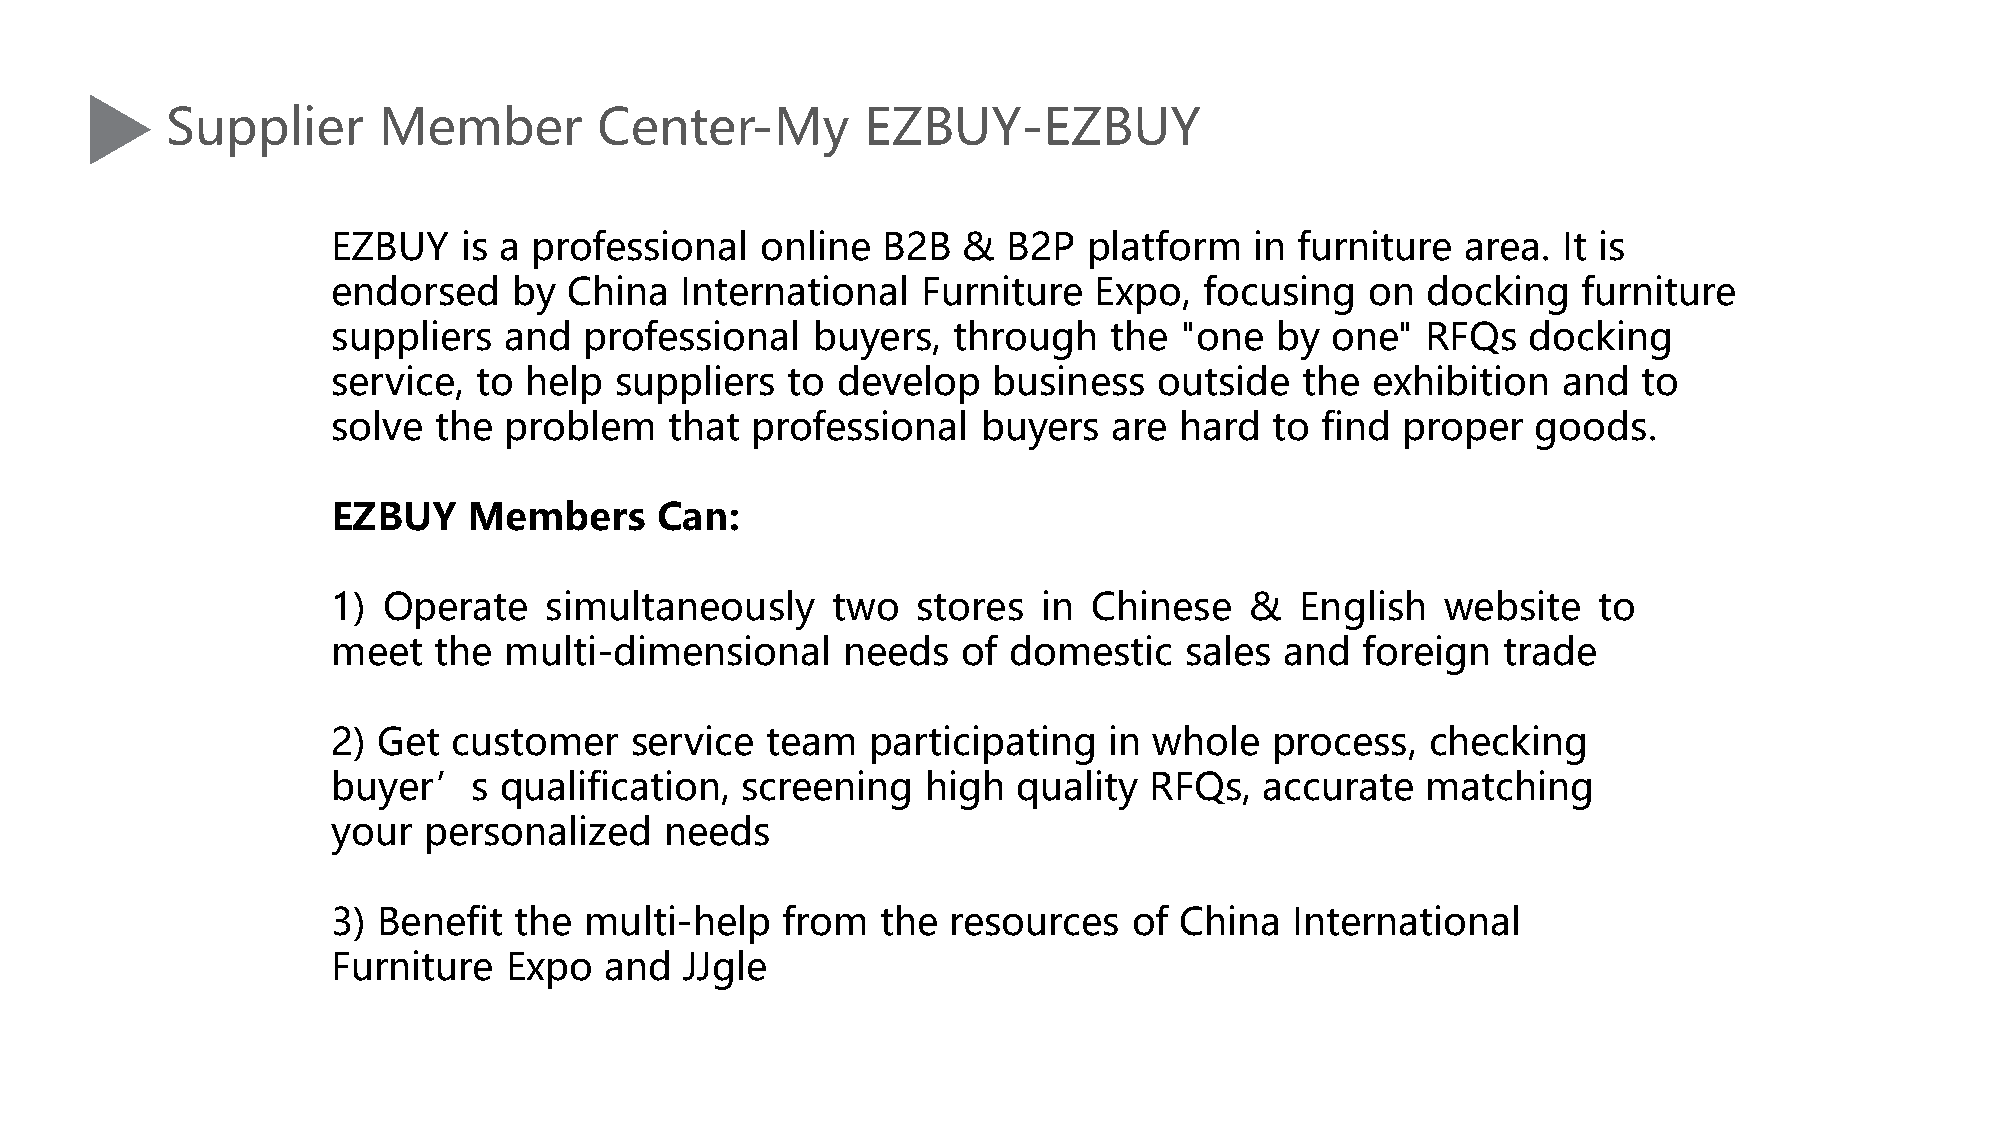
Supplier      Member         Center-My        EZBUY-EZBUY
 EZBUY   is a professional   online  B2B   &  B2P  platform   in furniture  area. It is
 endorsed    by  China  International   Furniture  Expo,   focusing   on docking    furniture
 suppliers  and   professional   buyers,  through   the  "one  by  one"  RFQs   docking
 service,  to help  suppliers  to develop    business   outside  the  exhibition  and   to
 solve  the problem    that  professional   buyers   are hard  to find  proper   goods.
 EZBUY    Members     Can:
 1) Operate    simultaneously     two   stores  in Chinese    &  English   website   to
 meet   the multi-dimensional      needs   of domestic   sales  and  foreign  trade
 2) Get  customer    service  team  participating   in whole   process,   checking
 buyer’s    qualification,  screening   high  quality  RFQs,   accurate  matching
 your  personalized    needs
 3) Benefit  the  multi-help   from  the  resources   of China   International
 Furniture  Expo   and  JJgle